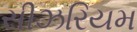
સીઝરિયમ